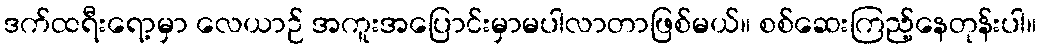
ဒက်ထရီးရော့မှာ လေယာဉ် အကူးအပြောင်းမှာမပါလာတာဖြစ်မယ်။ စစ်ဆေးကြည့်နေတုန်းပါ။